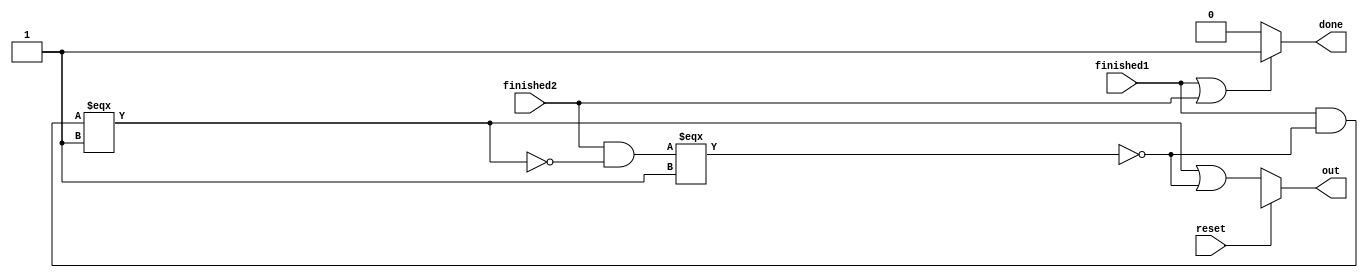
`timescale 1ns/1ps

/*
* Company: Santa Clara University
*
* Design Name:
* Module Name: race_arbiter
* Project Name: Implementation of Delay Based Physical Unclonable Function
* Target Devices: Intel Max 10, Xilinx Spartan 7
* Tool Versions:
* Description: The race_arbiter determines which signal finished first. If
* finished1 is asserted first, then the output is 1. If finished2 is asserted
* first, then output is 0. If both are 1, then behavior is unknown.
*
* Dependencies:
*
* Revision:
* Revision 0.01 - File Created
* Additional Comments:
*
*/

module race_arbiter(finished1, finished2, reset, out, done);
  output reg out;
  output done;
  input reset, finished1, finished2;
  wire cnt1_done, cnt2_done, winner;


  assign cnt1_done = (finished1 & ~ cnt2_done) === 1'b1;
  assign cnt2_done = (finished2 & ~ cnt1_done) === 1'b1;
  assign winner = cnt1_done | ~ cnt2_done;
  assign done = (finished1 | finished2)? 1'b1 : 1'b0;

  always@(finished1, finished2, reset) begin
    if (reset == 1'b1) begin
      out <= 1'bX;
    end
    else begin
      out <= winner;
    end
  end

endmodule